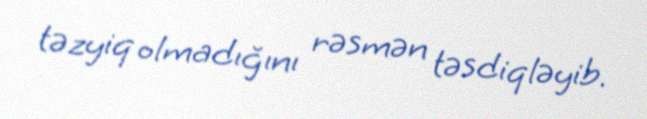
təzyiq olmadığını rəsmən təsdiqləyib.